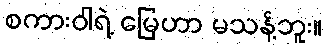
စကားဝါရဲ့ မြေဟာ မသန့်ဘူး။